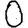
Digit: 0